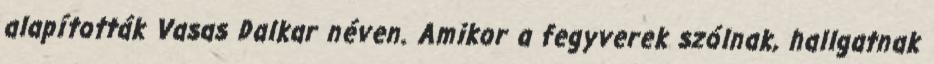
alapították Vasas Dalkar néven. Amikor a fegyverek szólnak, hallgatnak